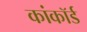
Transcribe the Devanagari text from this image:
कांकॉर्ड